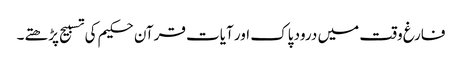
فارغ وقت میں درود پاک اور آیات قرآن حکیم کی تسبیح پڑھتے۔